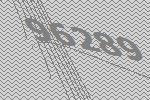
96289